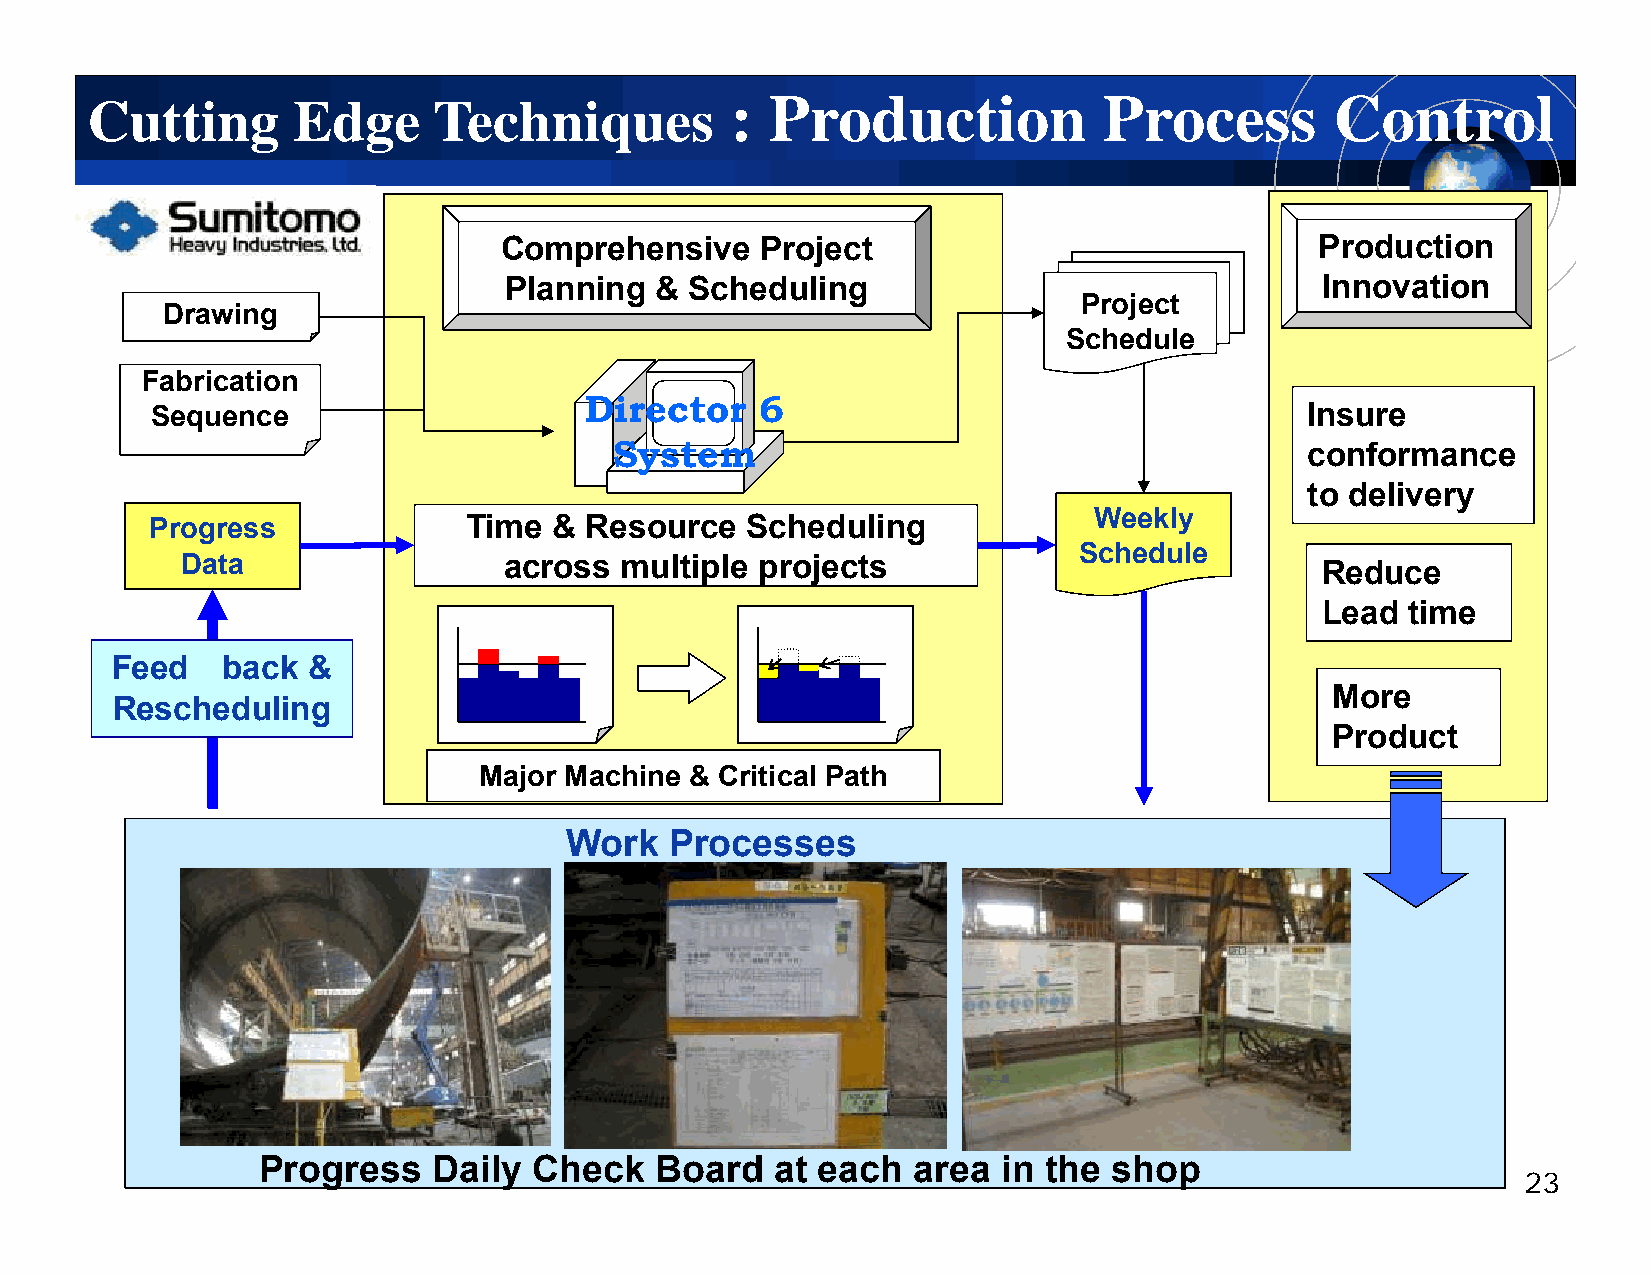
:: PPrroodduuccttiioonn  PPrroocceessss CCoonnttrrooll
 CCuuttttiinngg EEddggee TTeecchhnniiqquueess
 Comprehensive    Project                              PProdducttiion
 Planning  &  Scheduling                               Innovation
 Project
 Drawing
 SScchheedduullee
 Fabrication
 Diirector  6
 Sequence                                                                     Insure
 System                                        conformance
 to delivery
 Weekly
 Progress             Time  & Resource  Scheduling
 SScchheedduullee
 DDatta               across  mullttiiplle projjectts                       Reduce
 Lead  time
 Feed    back &
 More
 RReesscchheedduulliinngg
 Product
 Major Machine & Critical Path
 Work   Processes
 Progress    Daily Check   Board   at each  area  in the  shop
 23